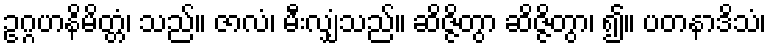
ဥဂ္ဂဟနိမိတ္တံ၊ သည်။ ဇာလံ၊ မီးလျှံသည်။ ဆိဇ္ဇိတွာ ဆိဇ္ဇိတွာ၊ ၍။ ပတနာဒိသံ၊